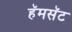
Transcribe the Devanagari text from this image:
हॅमसॅट